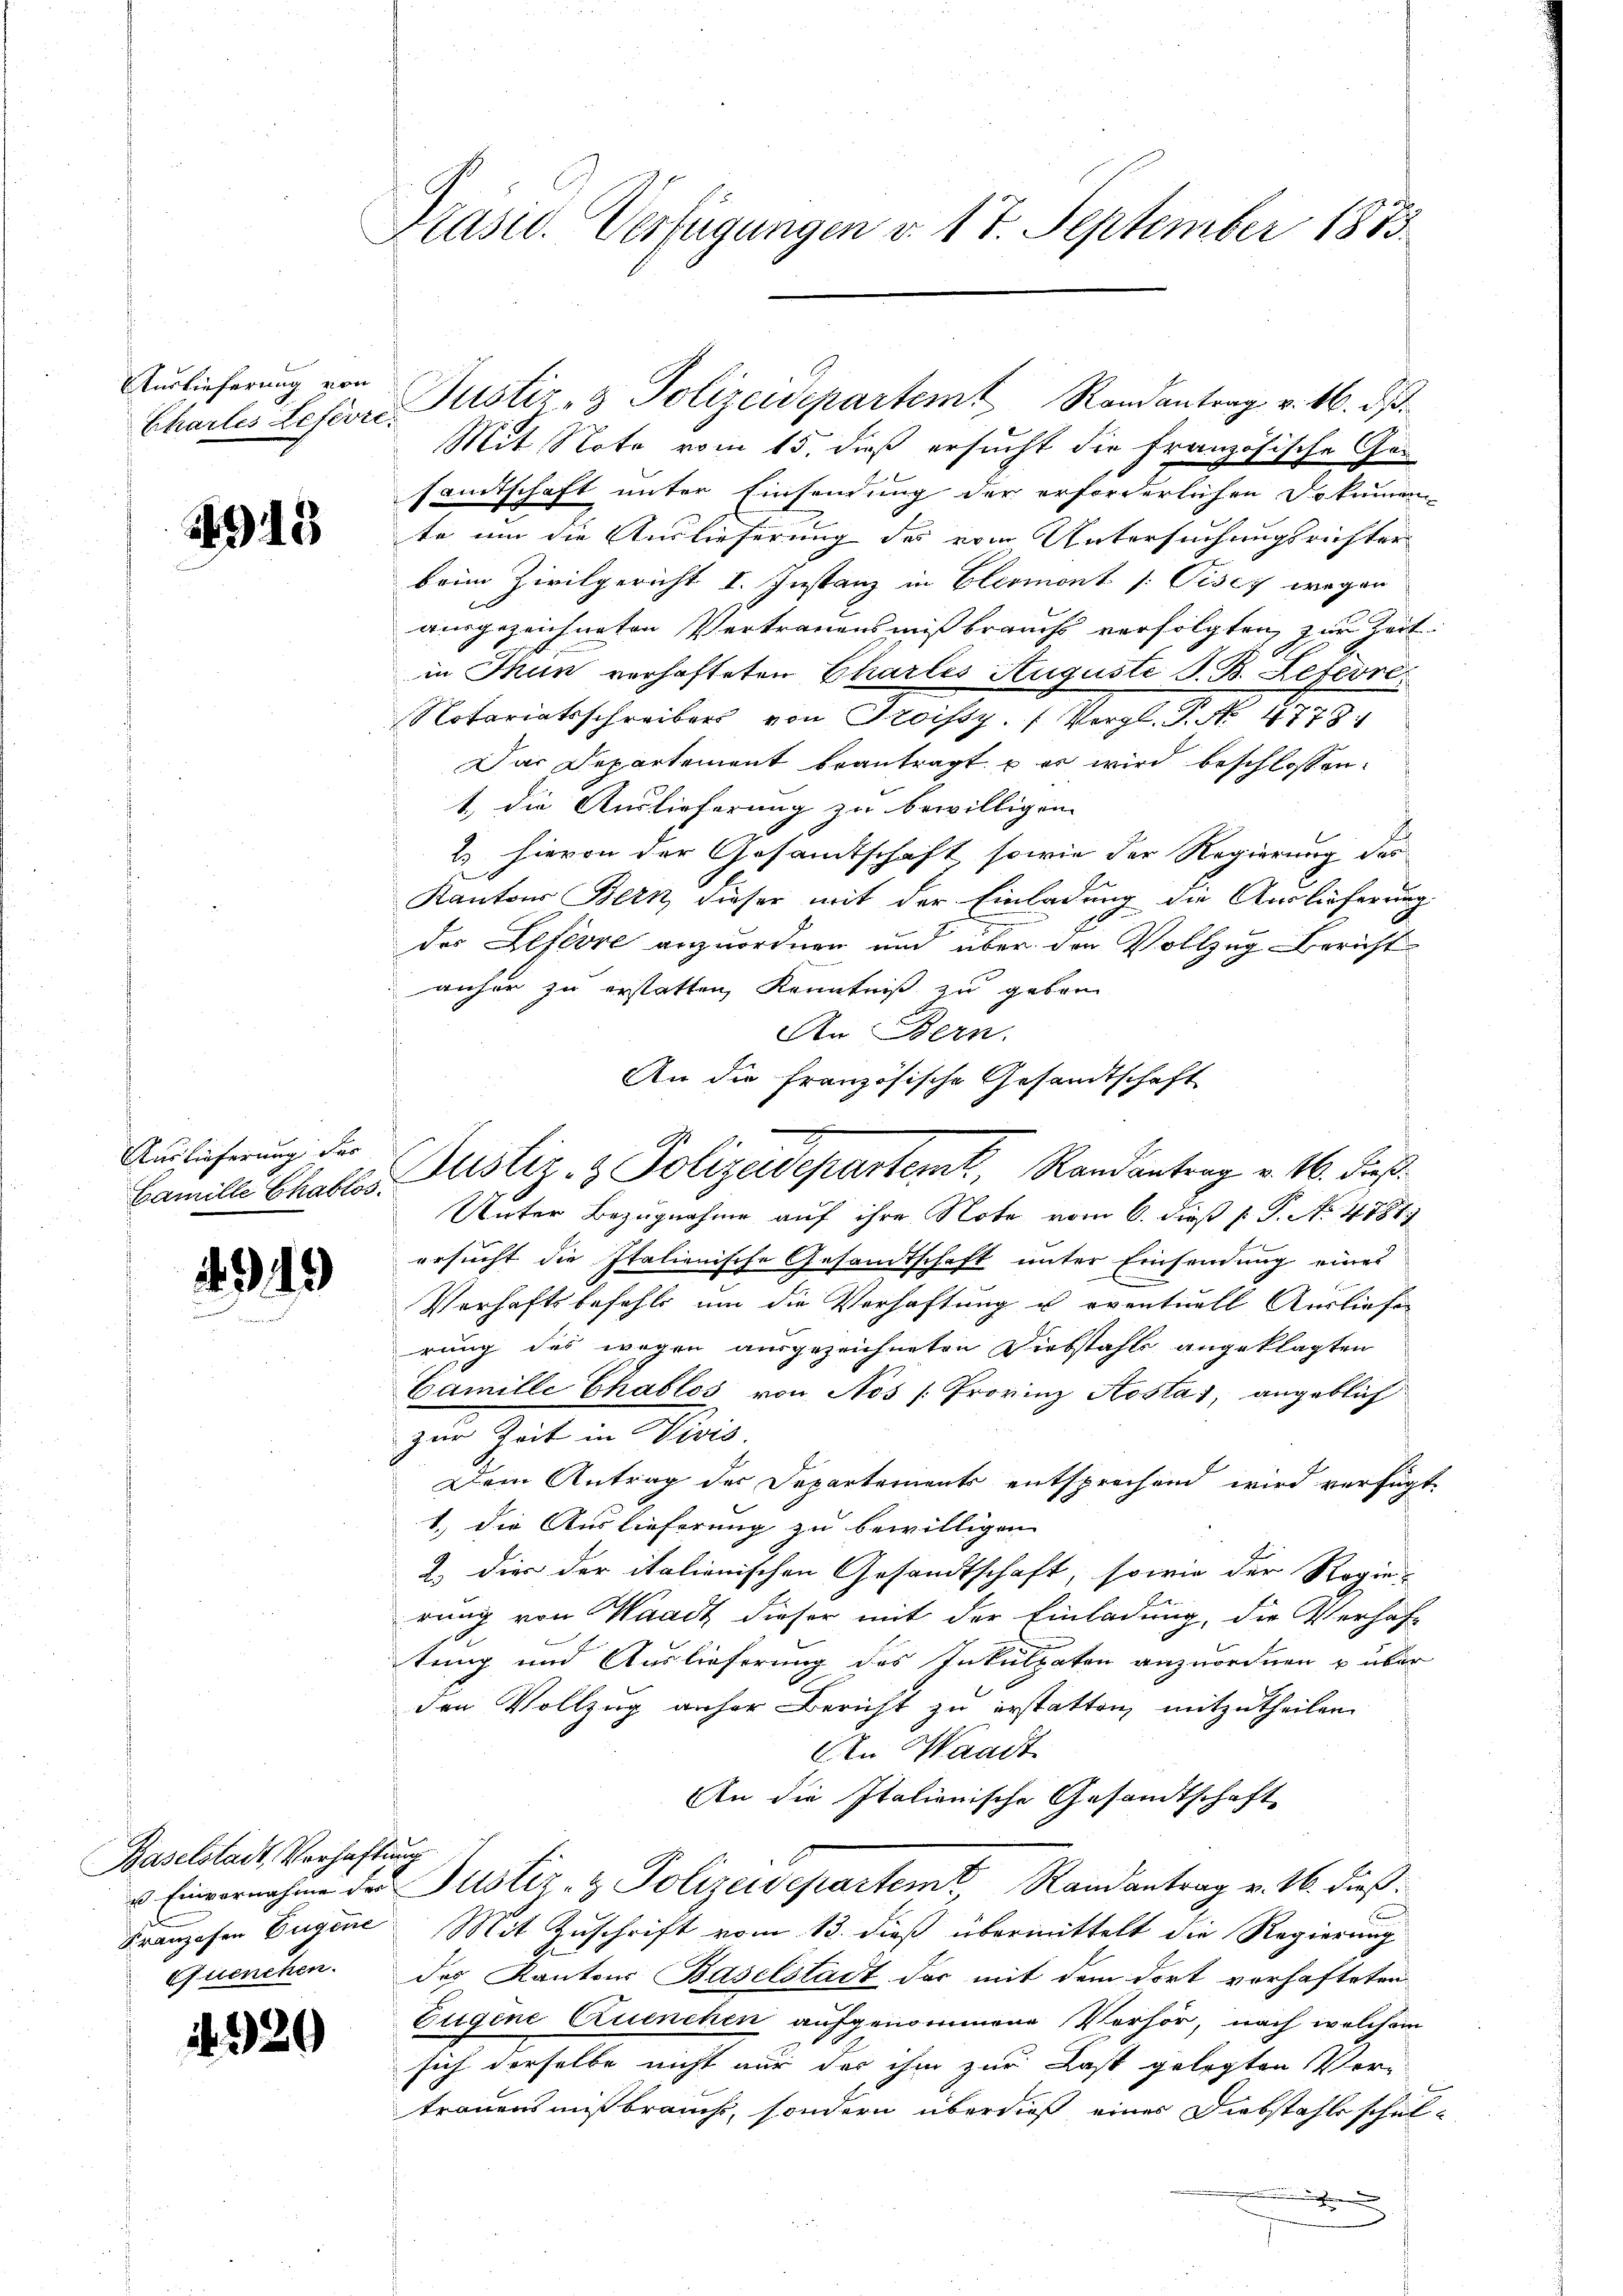
Auslieferung von

4915

Auslieferung des

.9.19

Baselstadt, Verhaftung

.2)

29

Präsid. Verfügungen v. 17. September 1873.

Mit Note vom 15. daß ersucht die französische Ge-
samtschaft unter Einsendung der erforderlichen Dokumen
te um die Auslieferung des vom Untersuchungsrichter
beim Zivilgericht I. Instanz in Elermont /: Pisey wegen
ausgezeichneten Vertrauensmißbrauchs verfolgten, zur Zeit
in Thun verhafteten Charlis Auguste S. B. Lefevre
Notariatsschreiber von Troissy. (Vergl. P. No 1779.
Das Departement beantragt, er wird beschlossen:
1., die Auslieferung zu bewilligen.
2. hievon der Gesandtschaft, sowie der Regierung des
Kantons Bern dieser mit der Einladung die Auslieferung
des Lefevre anzuordnen und über den Vollzug Bericht
anher zu erstatten, Kenntniß zu geben
An Bern.
Unter Bezugnahme auf ihre Note vom 6. daß P. P. No. 4884
ersucht die Italienische Gesandtschaft unter Einsendung eines
Verhaftsbefehls um die Verhaftung u. eventuell Ausliefe
rung des wegen ausgezeichneten Diebstahls angeklagten
Camille Chablos von Nos [Frovinz Aosta, angeblich
zur Zeit in Divis.
Dem Antrag der Departements entsprechend wird verfügt
1.) Die Auslieferung zu bewilligen
2.) Dies der italienischen Gesandtschaft, sowie der Regie-
rung von Waadt dieser mit der Einladung, die Verhaf
tung und Auslieferung des Inkulpaten anzuordnen u über
den Vollzug anher Bericht zu erstatten, mitzutheilen.
An Waadt
An die Italienische Gesandtschaft
u Einvernahme der Justiz- & Polizeidepartemt, Randantrag v. 16. dieß.
raesen Eugene Mit Zuschrift vom 13. dieß übermittelt die Regierung
Quenchen. des Kantons Baselstadt das mit dem dort vorhafteten
Eugene Cruenchen aufgenommene Verhör, nach welchem
sich derselbe nicht nur der ihm zur Last gelegten Ver-
trauensmißbrauchs, sondern überdieß eines Diebstahls schul-

Chartes Lefevre Justiz- & Polizeidepartem Randantrag v. 16. ds.

An die Französische Gesandtschaft
Famille Chablos, Justiz- & Polizeidepartemt, Randantrag v. 16. dieß.